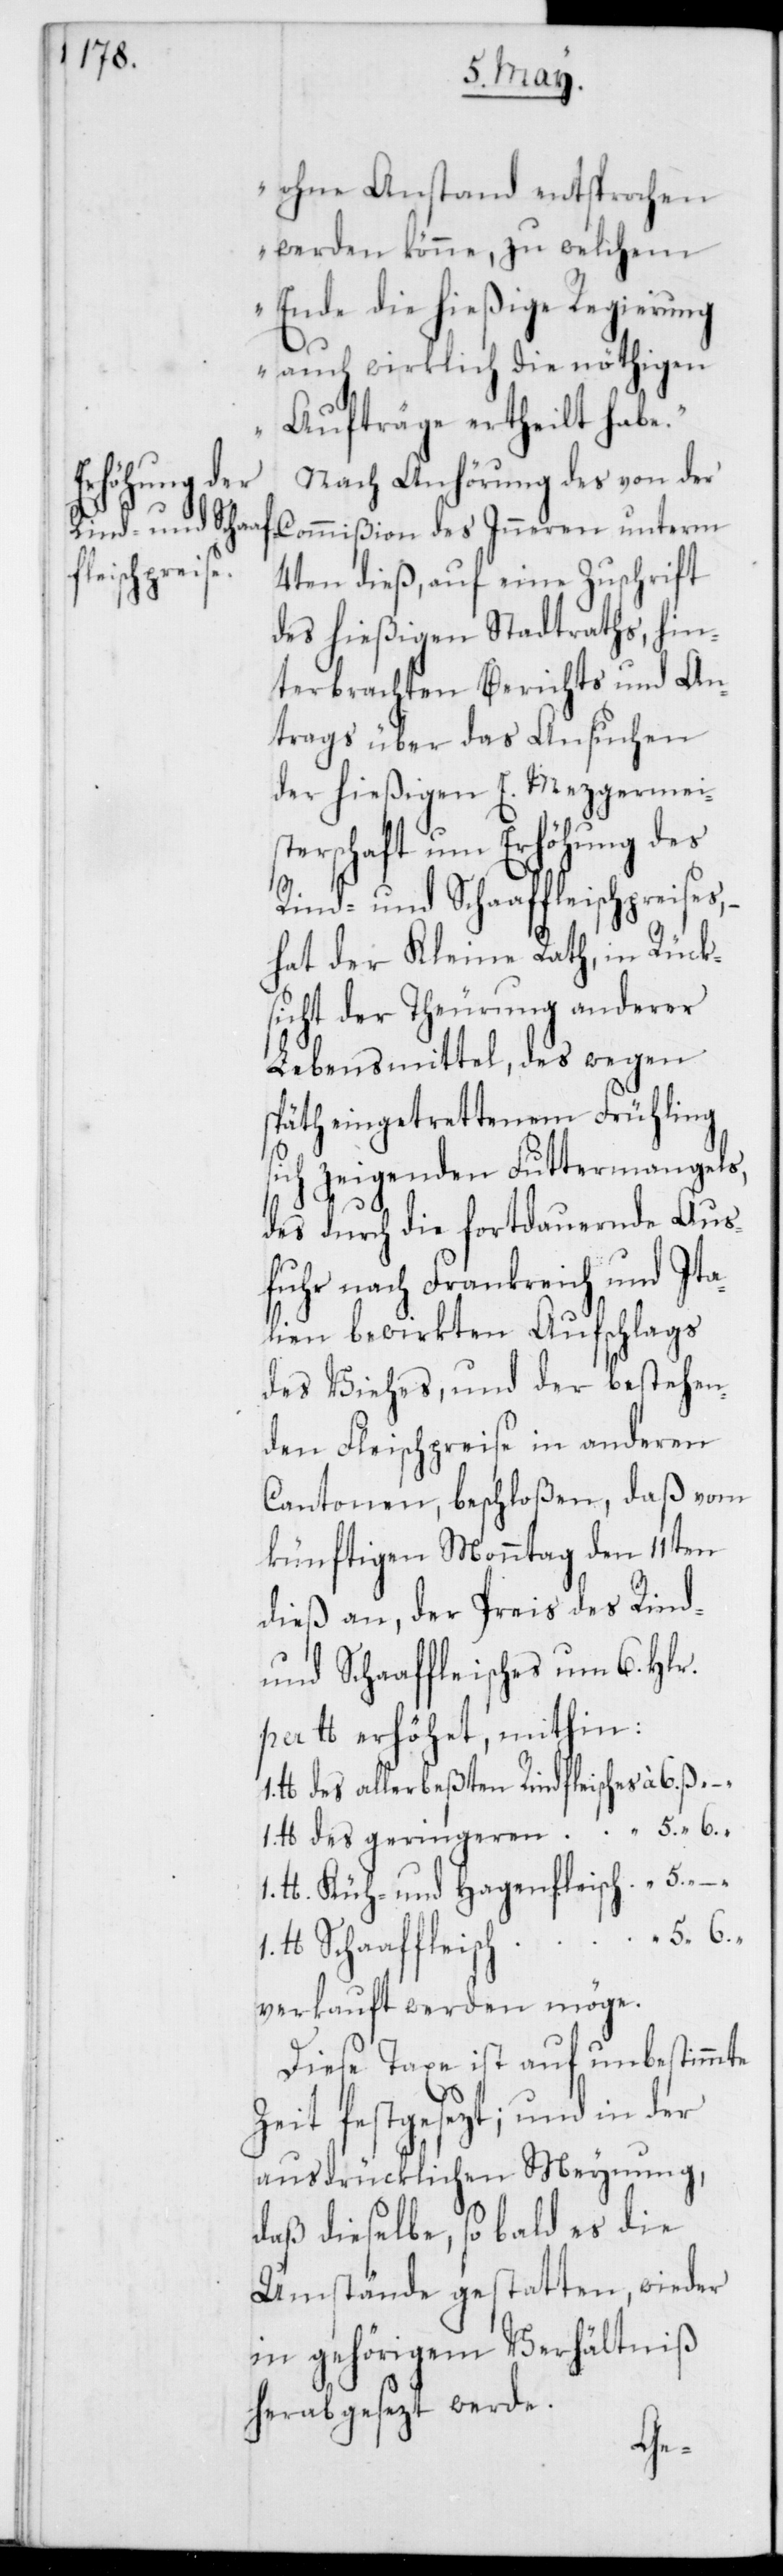
Rindfle¬
isches

ohne Anstand entsprochen
werden könne, zu welchem
Ende die hießige Regierung
auch wirklich die nöthigen
Aufträge ertheilt habe“.
Nach Anhörung des von der
Commißion des Inneren unterm
4ten dieß, auf eine Zuschrift
des hießigen Stadtraths, hin¬
terbrachten Berichts und An¬
trags über das Ansuchen
der hießigen E. Mezgermeis¬
terschaft um Erhöhung des
Rind- und Schaaffleischpreises,
hat der Kleine Rath, in Rücks¬
icht der Theurung anderer
Lebensmittel, des wegen
späth eingetrettenem Frühling
sich zeigenden Futtermangels,
des durch die fortdauernde Aus¬
fuhr nach Frankreich und Ita¬
lien bewirkten Aufschlags
des Viehes, und der bestehen¬
den Fleischpreise in anderen
Cantonen, beschloßen, daß vom
künftigen Monntag den 11ten
dieß an, der Preis des Rind-
und Schaaffleisches um 6. Hlr.
per lb. erhöhet, mithin:
lb. des geringeren
lb. Küh- und Hagenfleisch
lb. Schaaffleisch
verkauft werden möge.
Diese Taxe ist auf unbestimmte
Zeit festgesezt; und in der
ausdrücklichen Meynung,
daß dieselbe, so bald es die
Umstände gestatten, wieder
in gehörigem Verhältniß
herabgesezt werde.